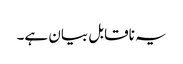
یہ ناقابل بیان ہے۔